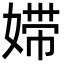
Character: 㛿